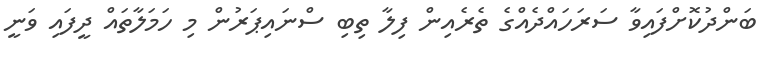
ބަންދުކޮށްފައިވާ ސަރަހައްދެއްގެ ތެރެއިން ފިލާ ތިބި ސްނައިޕަރުން މި ހަމަލާތައް ދީފައި ވަނީ